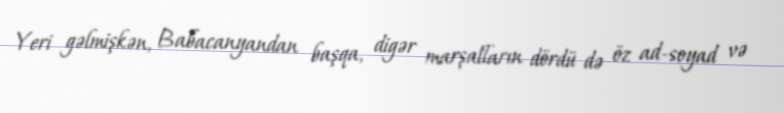
Yeri gəlmişkən, Babacanyandan başqa, digər marşalların dördü də öz ad-soyad və